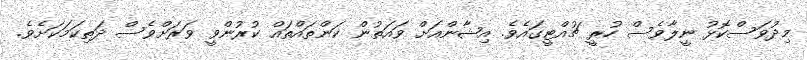
މިދުވަސްކޮޅު ނީލާވެސް ހުރީ ޗުއްޓީގައެވެ. އިޝާންއަށް ވައަތުން ކަންތައްތައް ކުރުންވީ ވަރަށްވެސް ދަތިކަމަކަށެވެ.